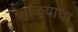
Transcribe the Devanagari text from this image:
रताळ्याचा